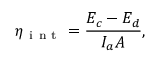
\eta _ { \mathrm { ~ i ~ n ~ t ~ } } = \frac { E _ { c } - E _ { d } } { I _ { a } A } ,